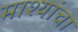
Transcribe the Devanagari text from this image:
माश्यांचा